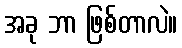
အခု ဘာ ဖြစ်တာလဲ။